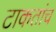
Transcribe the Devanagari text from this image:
टाकतांच